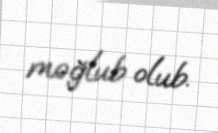
məğlub olub.